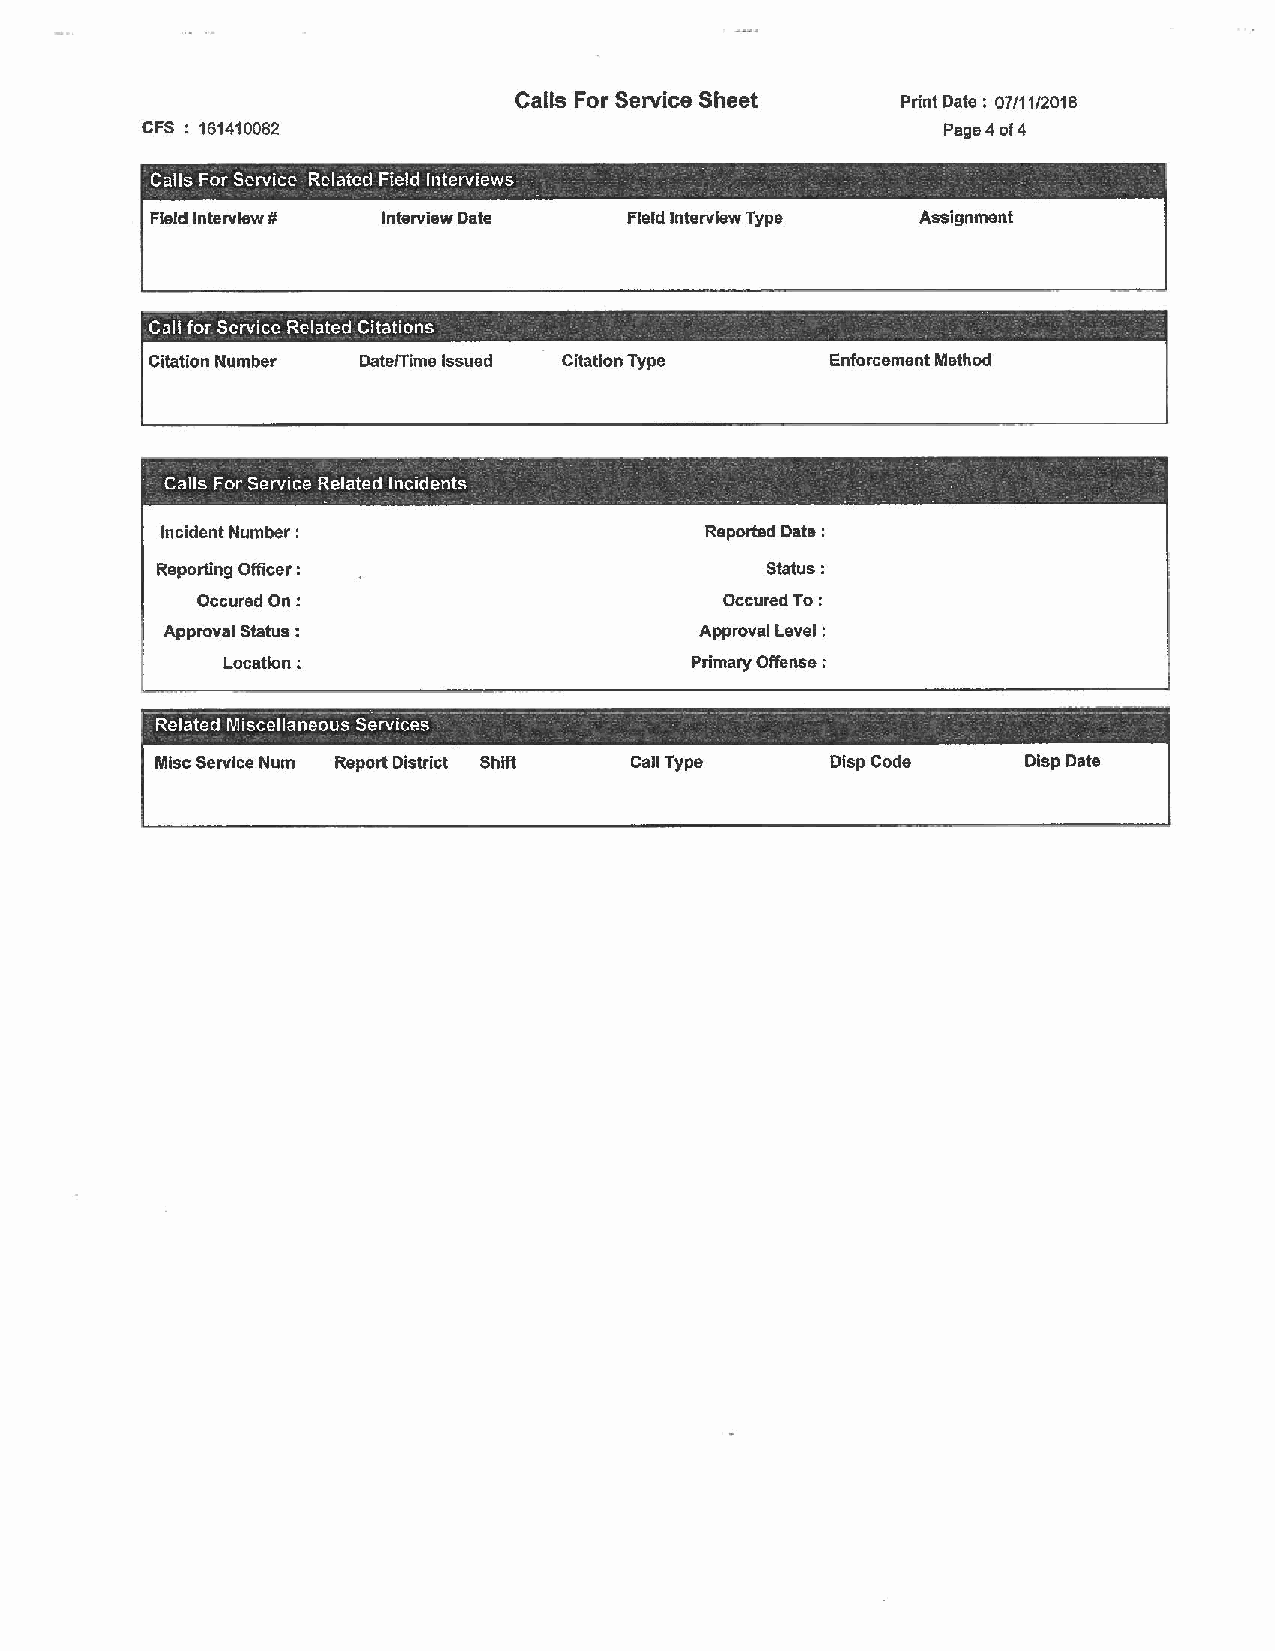
Calls For Service Sheet   Print Date: 07/11/2018
 CFS 161410082                                        Page4 of 4
 -   -  -  -           -
 Calls For Service Related Field Interviews -  -
 Field Interview# Interview Date Fleld Interview Type Assignment
 -      -                                -
 Call for Service Related Citations
 Citation Number Date/Time Issued Citation Type Enforcement Method
 --     --     -
 Calls For Service Related Incidents
 L   -  -      -    L  •  - • ' -·    -
 Incident Number:                    Reported Date :
 Reporting Officer :                      Status:
 Occured On:                        OccuredTo:
 Approval Status :                  Approval Level :
 Location;                      Primary Offense :
 -lie,aterfMiscellaneous-services -- -- ----- - --- -- --- --- - -- - -- - - - - - --- -- -- --- --
 Misc Service Num Report District Shift Call Type DlspCode DispDate